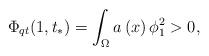
LaTeX: \begin{align*}\Phi_{qt}(1,t_{\ast})=\int_{\Omega}a\left( x\right) \phi_{1}^{2}>0,\end{align*}